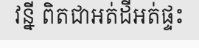
វន្នី ពិតជាអត់ដីអត់ផ្ទះ